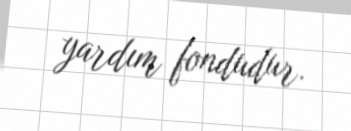
yardım fondudur.